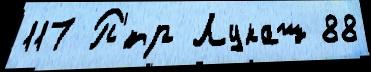
117 П'́тр Лукаш 88